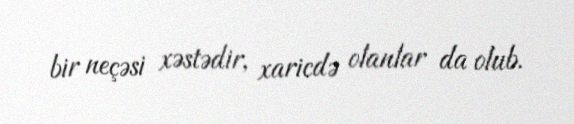
bir neçəsi xəstədir, xaricdə olanlar da olub.